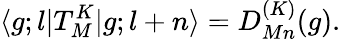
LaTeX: \langle g;l|T_{M}^{K}|g;l+n\rangle=D_{Mn}^{(K)}(g).